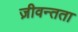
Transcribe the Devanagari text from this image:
ज़ीवन्तता